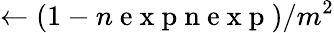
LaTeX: \leftarrow\left(1-n\mathrm{~e~x~p~n~e~x~p~}\right)/m^{2}